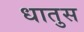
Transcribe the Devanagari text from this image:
धातुस